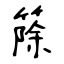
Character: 篨